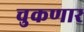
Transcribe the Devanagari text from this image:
चुकणार